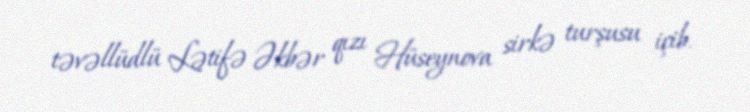
təvəllüdlü Lətifə Əkbər qızı Hüseynova sirkə turşusu içib.